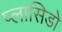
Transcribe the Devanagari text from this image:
प्लासिडो